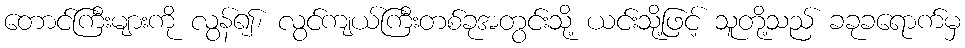
တောင်ကြီးများကို လွန်၍၊ လွင်ကျယ်ကြီးတစ်ခုအတွင်းသို့ ယင်းသို့ဖြင့် သူတို့သည် ခခုခရောက်မှ